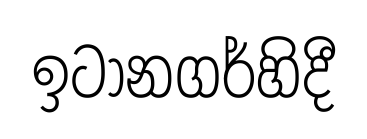
ඉටානගර්හිදී